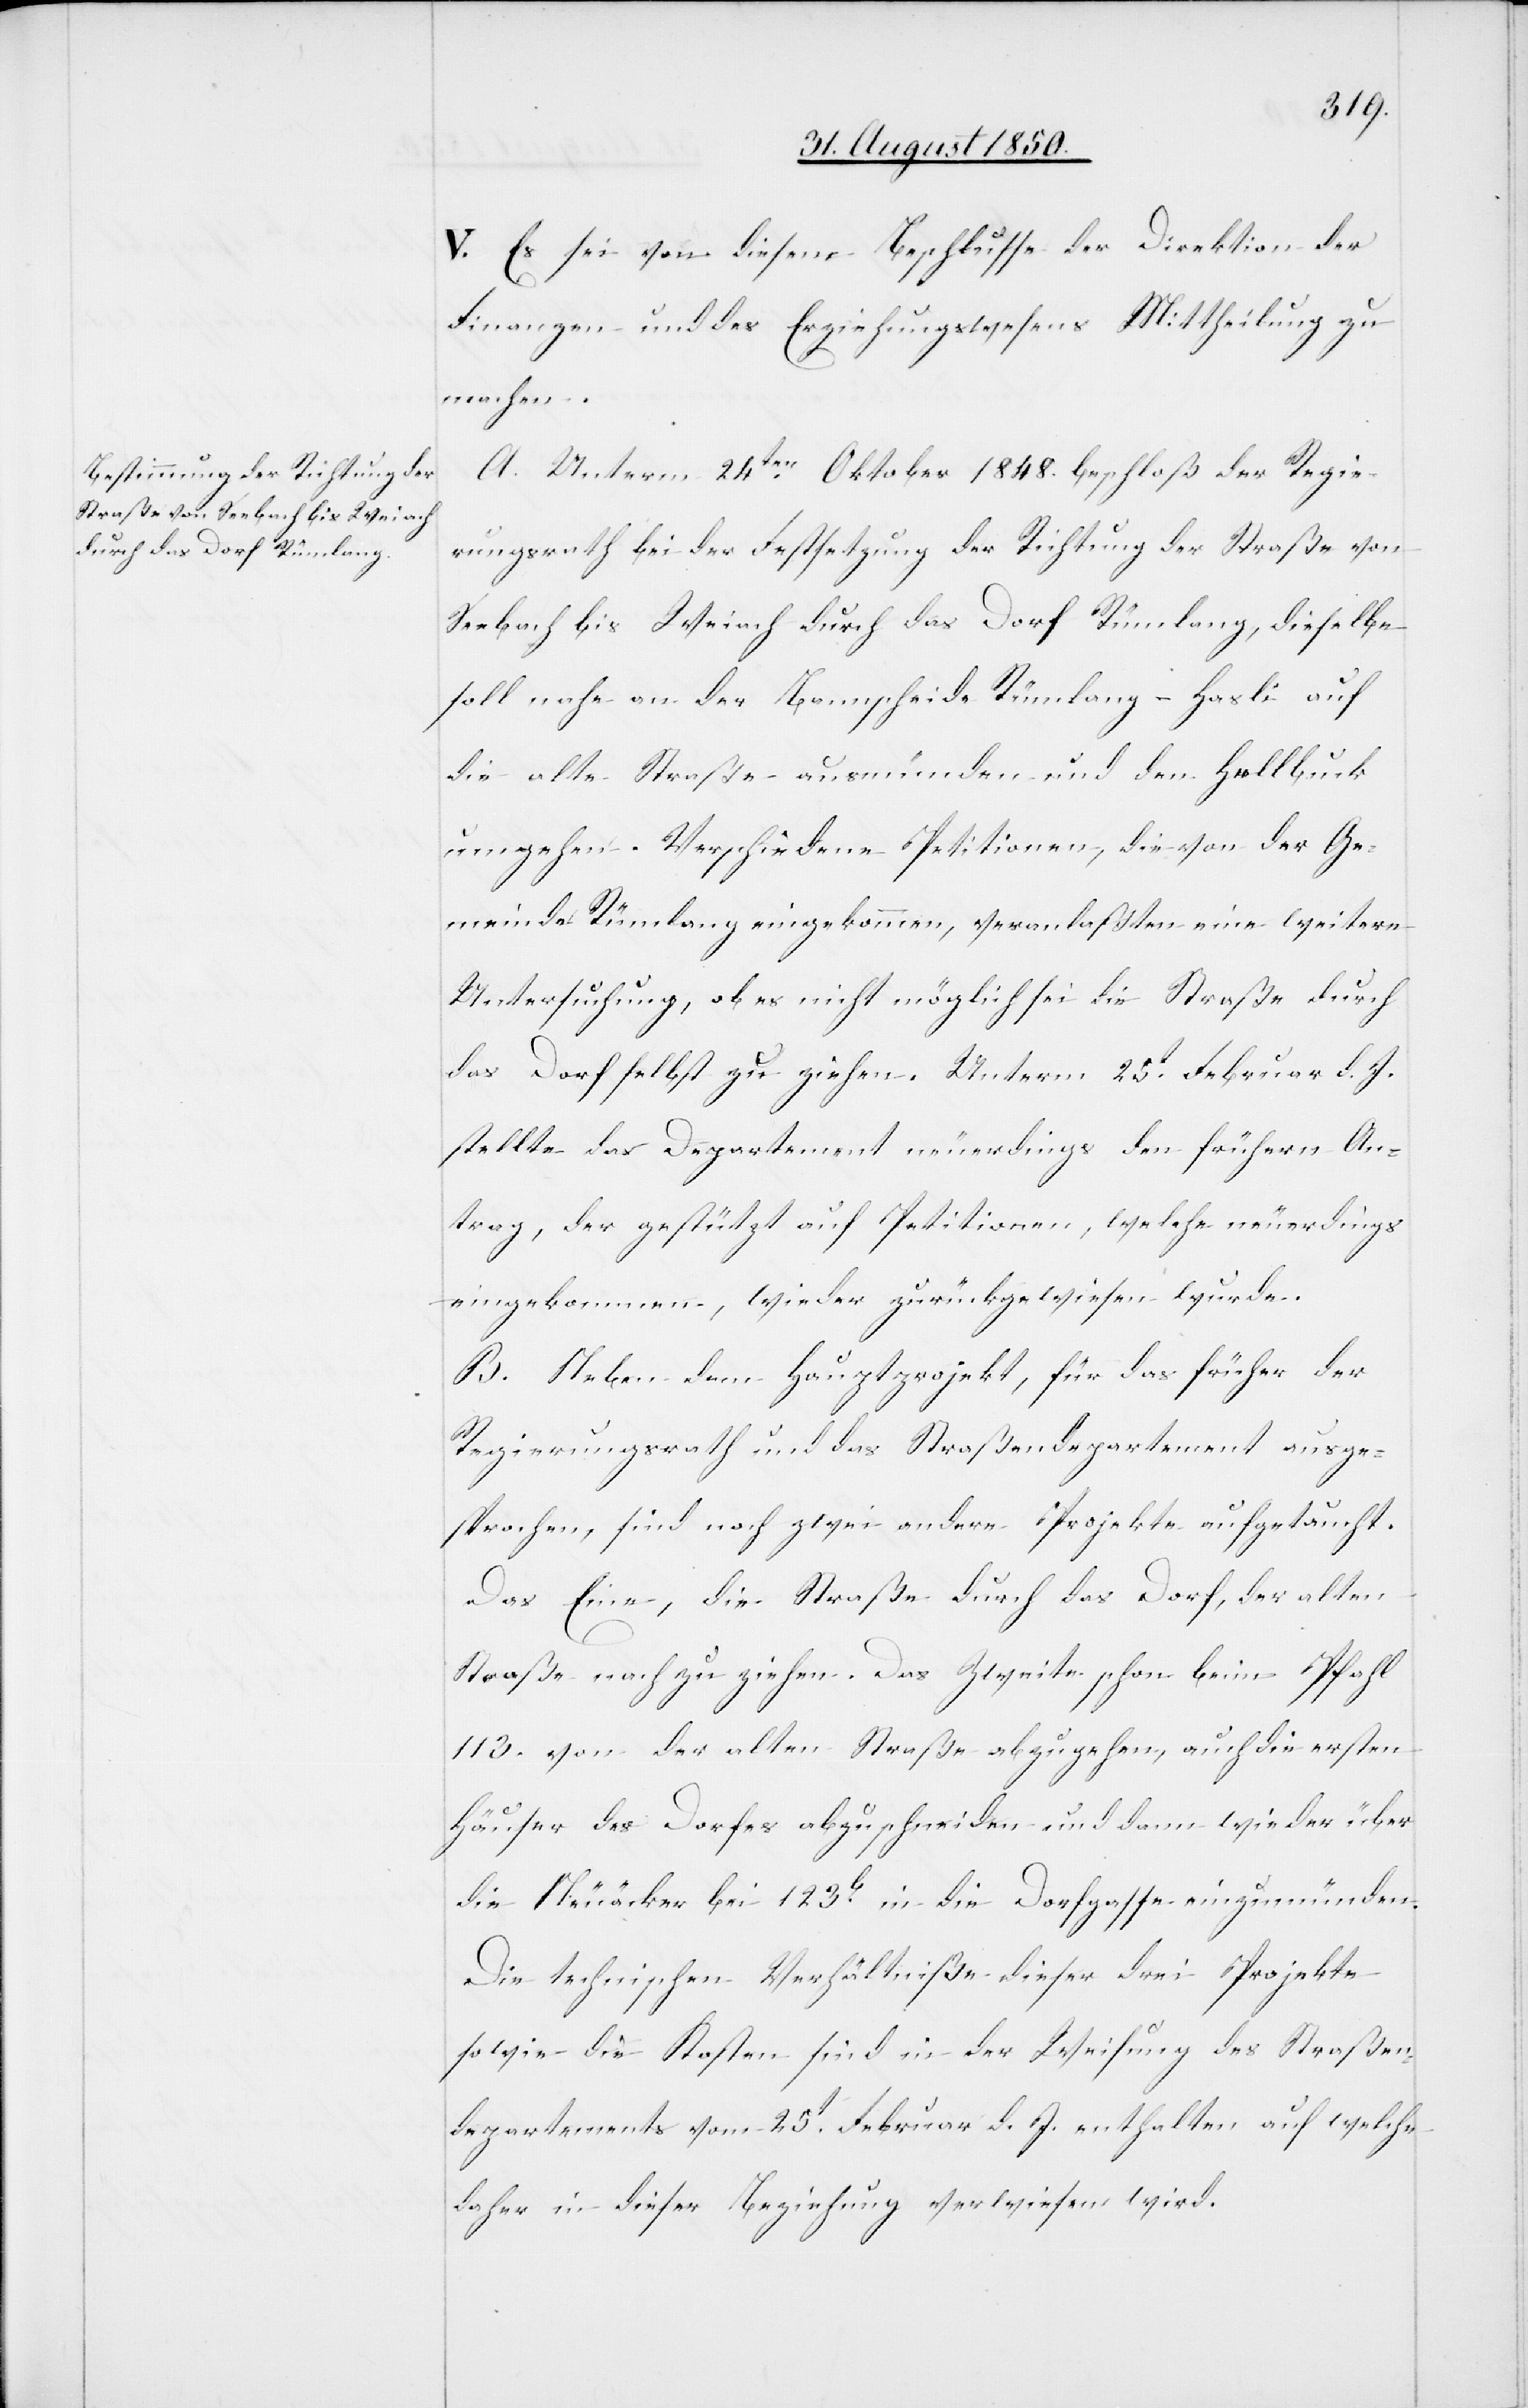
V. Es sei von diesem Beschlusse der Direktion der
Finanzen und des Erziehungswesens Mittheilung zu
machen.
A. Unterm 24ten Oktober 1848. beschloß der Regie¬
rungsrath bei der Festsetzung der Richtung der Straße von
Seebach bis Weiach durch das Dorf Rümlang, dieselbe
soll nahe an der Bannscheide Rümlang–Hasli auf
die alte Straße ausmünden und den Hellbuck
umgehen. Verschiedene Petitionen, die von der Ge¬
meinde Rümlang eingekommen, veranlaßten eine weitere
Untersuchung, ob es nicht möglich sei die Straße durch
das Dorf selbst zu ziehen. Unterm 25t Februar d. J.
stellte das Departement neuerdings den frühern An¬
trag, der gestützt auf Petitionen, welche neuerdings
eingekommen, wieder zurückgewiesen wurde.
B. Neben dem Hauptprojekt, für das [sich] früher
Regierungsrath und das Straßendepartement ausge¬
sprochen, sind noch zwei andere Projekte aufgetaucht.
Das Eine, die Straße durch das Dorf, der alten
Straße nach zu ziehen. Das Zweite schon beim Pfahl
113. von der alten Straße abzugehen, auch die ersten
Häuser des Dorfes abzuschneiden und dann wieder über
die Neuäcker bei 123b in die Dorfgasse einzumünden.
Die technischen Verhältniße dieser drei Projekte
sowie die Kosten sind in der Weisung des Straßen¬
departements vom 25t Februar d. J. enthalten auf welche
daher in dieser Beziehung verwiesen wird.